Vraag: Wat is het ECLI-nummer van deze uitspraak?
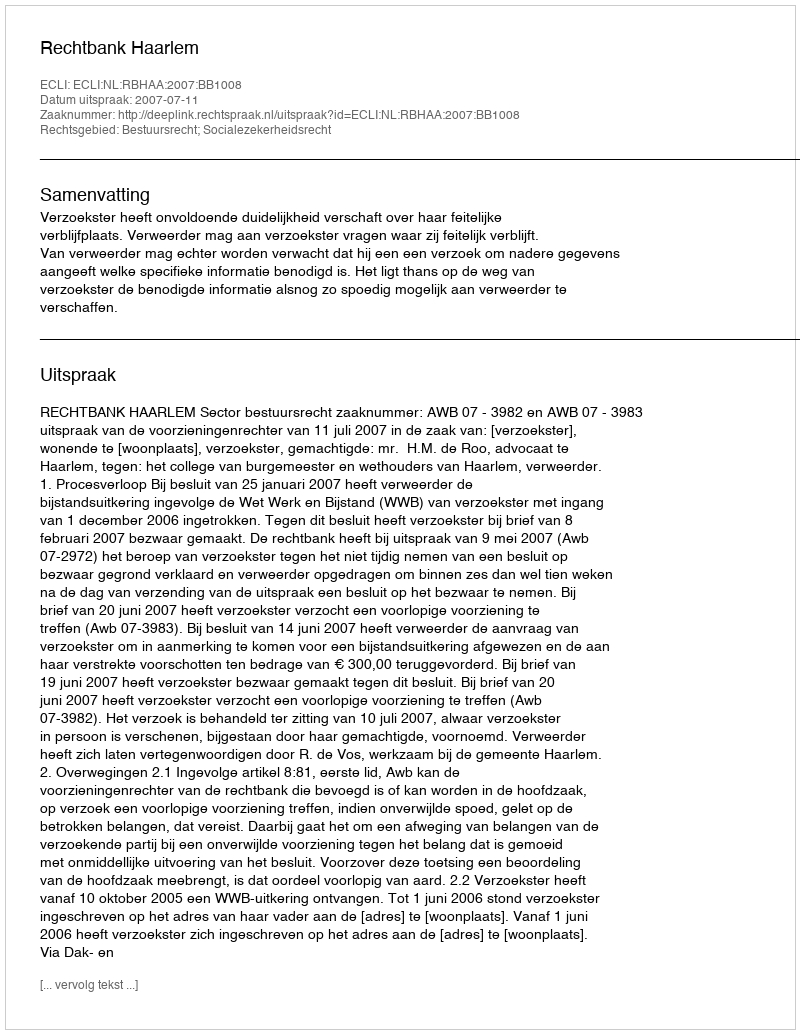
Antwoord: ECLI:NL:RBHAA:2007:BB1008